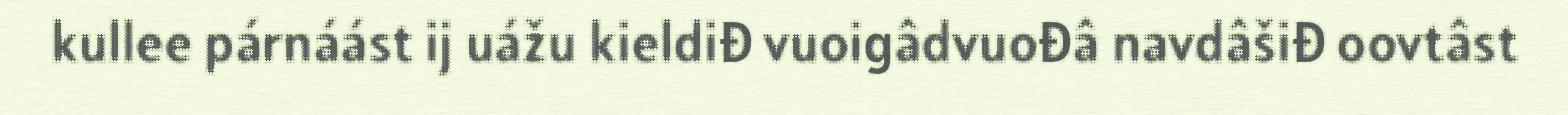
kullee párnáást ij uážu kieldiđ vuoigâdvuođâ navdâšiđ oovtâst